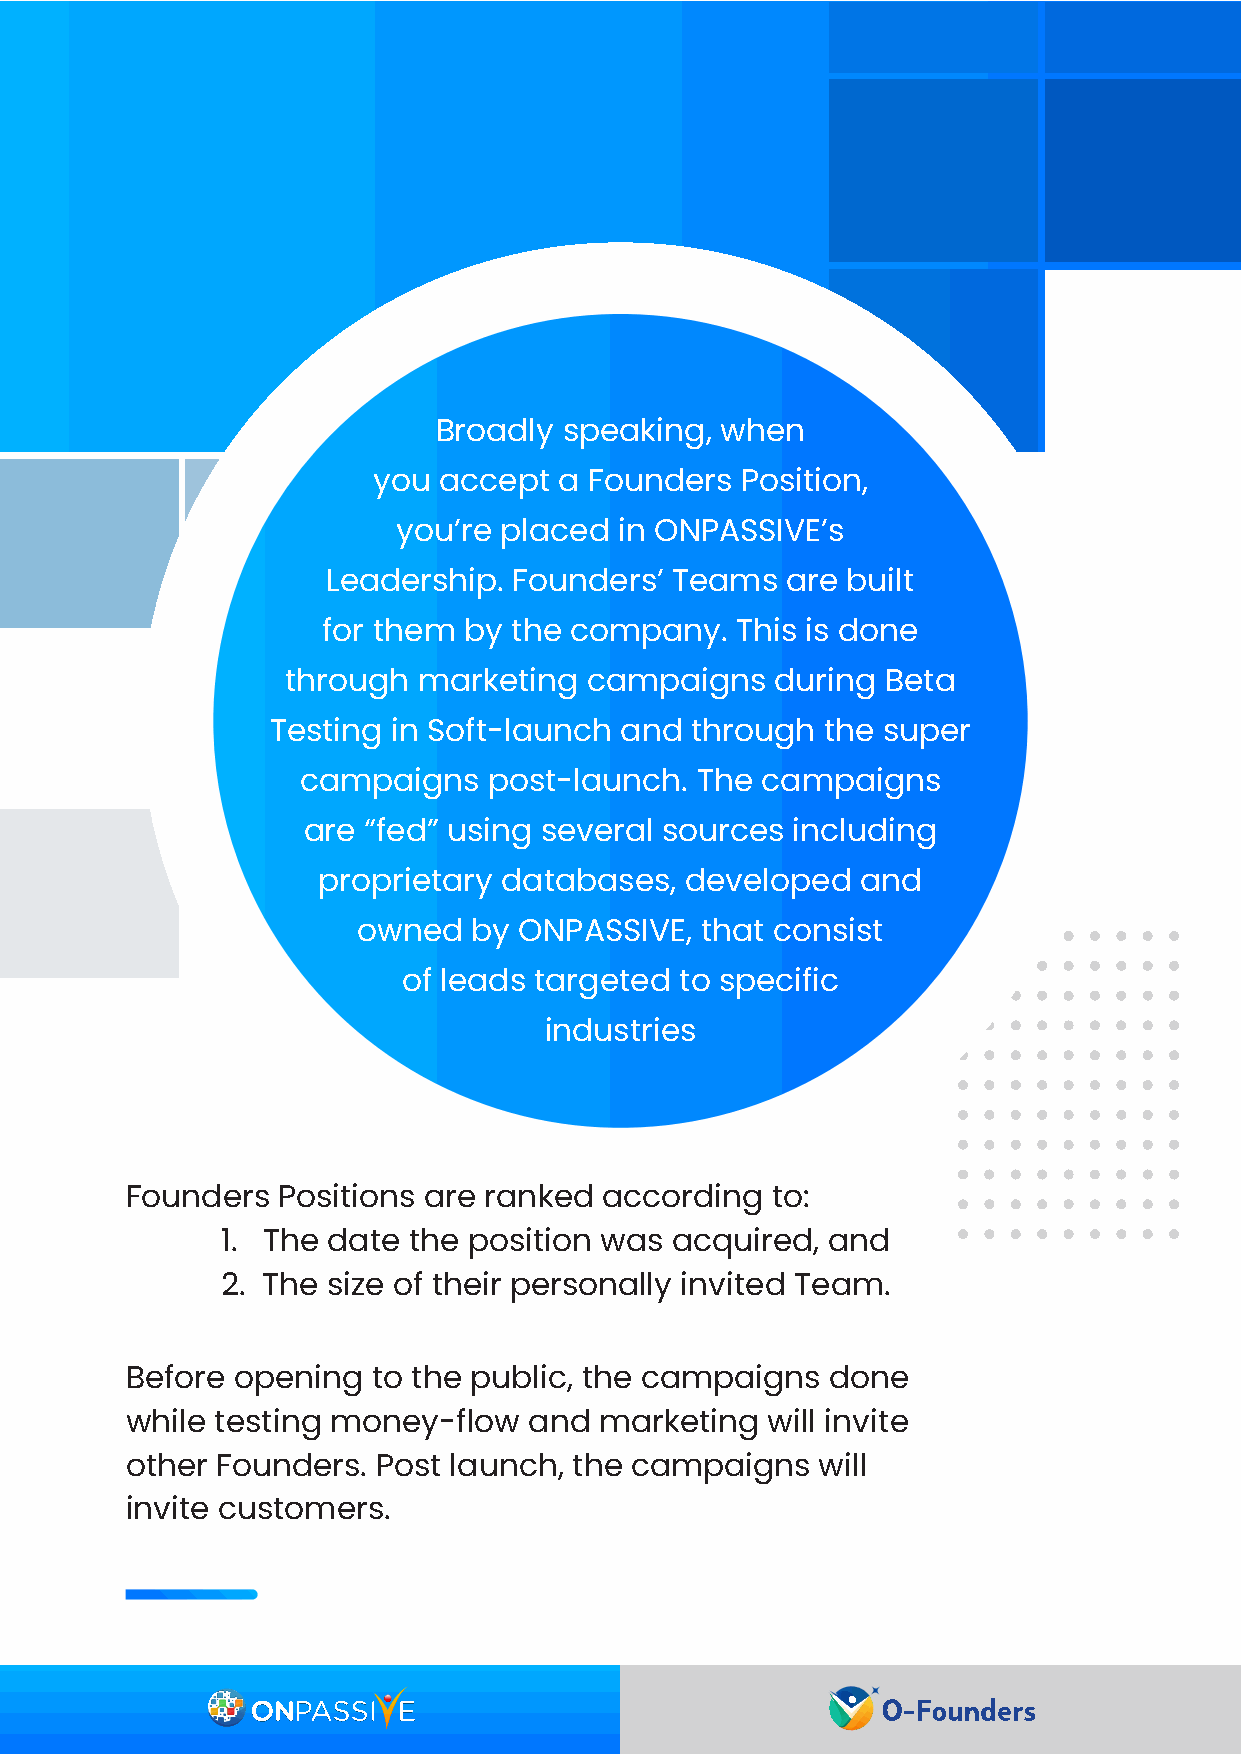
Broadly speaking,  when
 you accept  a Founders  Position,
 you’re placed  in ONPASSIVE’s
 Leadership. Founders’ Teams   are built
 for them  by the company.   This is done
 through  marketing  campaigns   during  Beta
 Testing in Soft-launch and  through the super
 campaigns   post-launch.  The campaigns
 are “fed” using several sources including
 proprietary databases,  developed   and
 owned  by ONPASSIVE,  that consist
 of leads targeted to specific
 industries
 Founders  Positions are ranked  according  to:
 1. The date the position was acquired,  and
 2. The size of their personally invited Team.
 Before opening   to the public, the campaigns  done
 while testing money-flow   and  marketing  will invite
 other Founders.  Post launch, the campaigns   will
 invite customers.